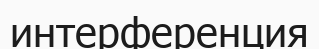
интерференция